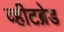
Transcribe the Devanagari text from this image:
व्हीटब्रेड